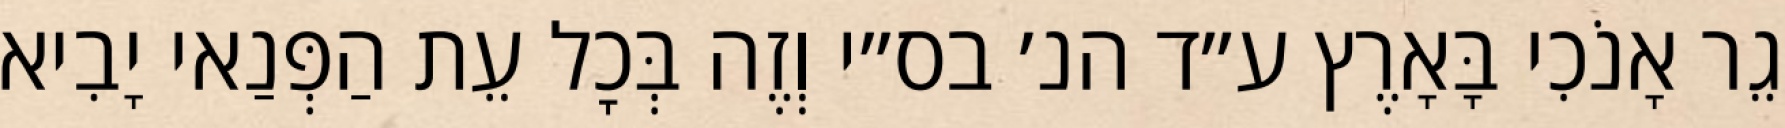
גֵר אָנֹכִי בָּאָרֶץ ע״ד הנ׳ בס״י וְזֶה בְּכׇל עֵת הַפְּנַאי יָבִיא